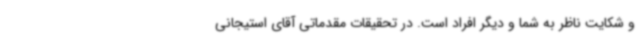
و شکایت ناظر به شما و دیگر افراد است. در تحقیقات مقدماتی آقای استیجانی